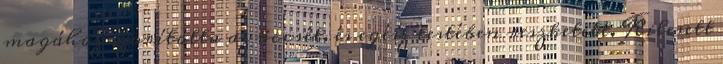
magához szorította az öccsét, és egész testében reszketett. Kilesett